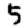
Digit: 5